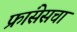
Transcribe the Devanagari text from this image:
फ्रांसेसचा